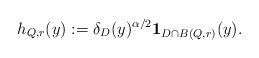
LaTeX: \begin{align*}h_{Q,r}(y) := \delta_{D}(y)^{\alpha/2} {\bf 1}_{D\cap B(Q, r)}(y).\end{align*}